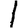
Digit: 1